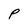
Character: P